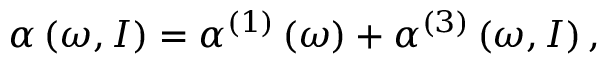
\alpha \left( \omega , I \right) = \alpha ^ { ( 1 ) } \left( \omega \right) + \alpha ^ { ( 3 ) } \left( \omega , I \right) ,